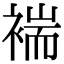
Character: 褍